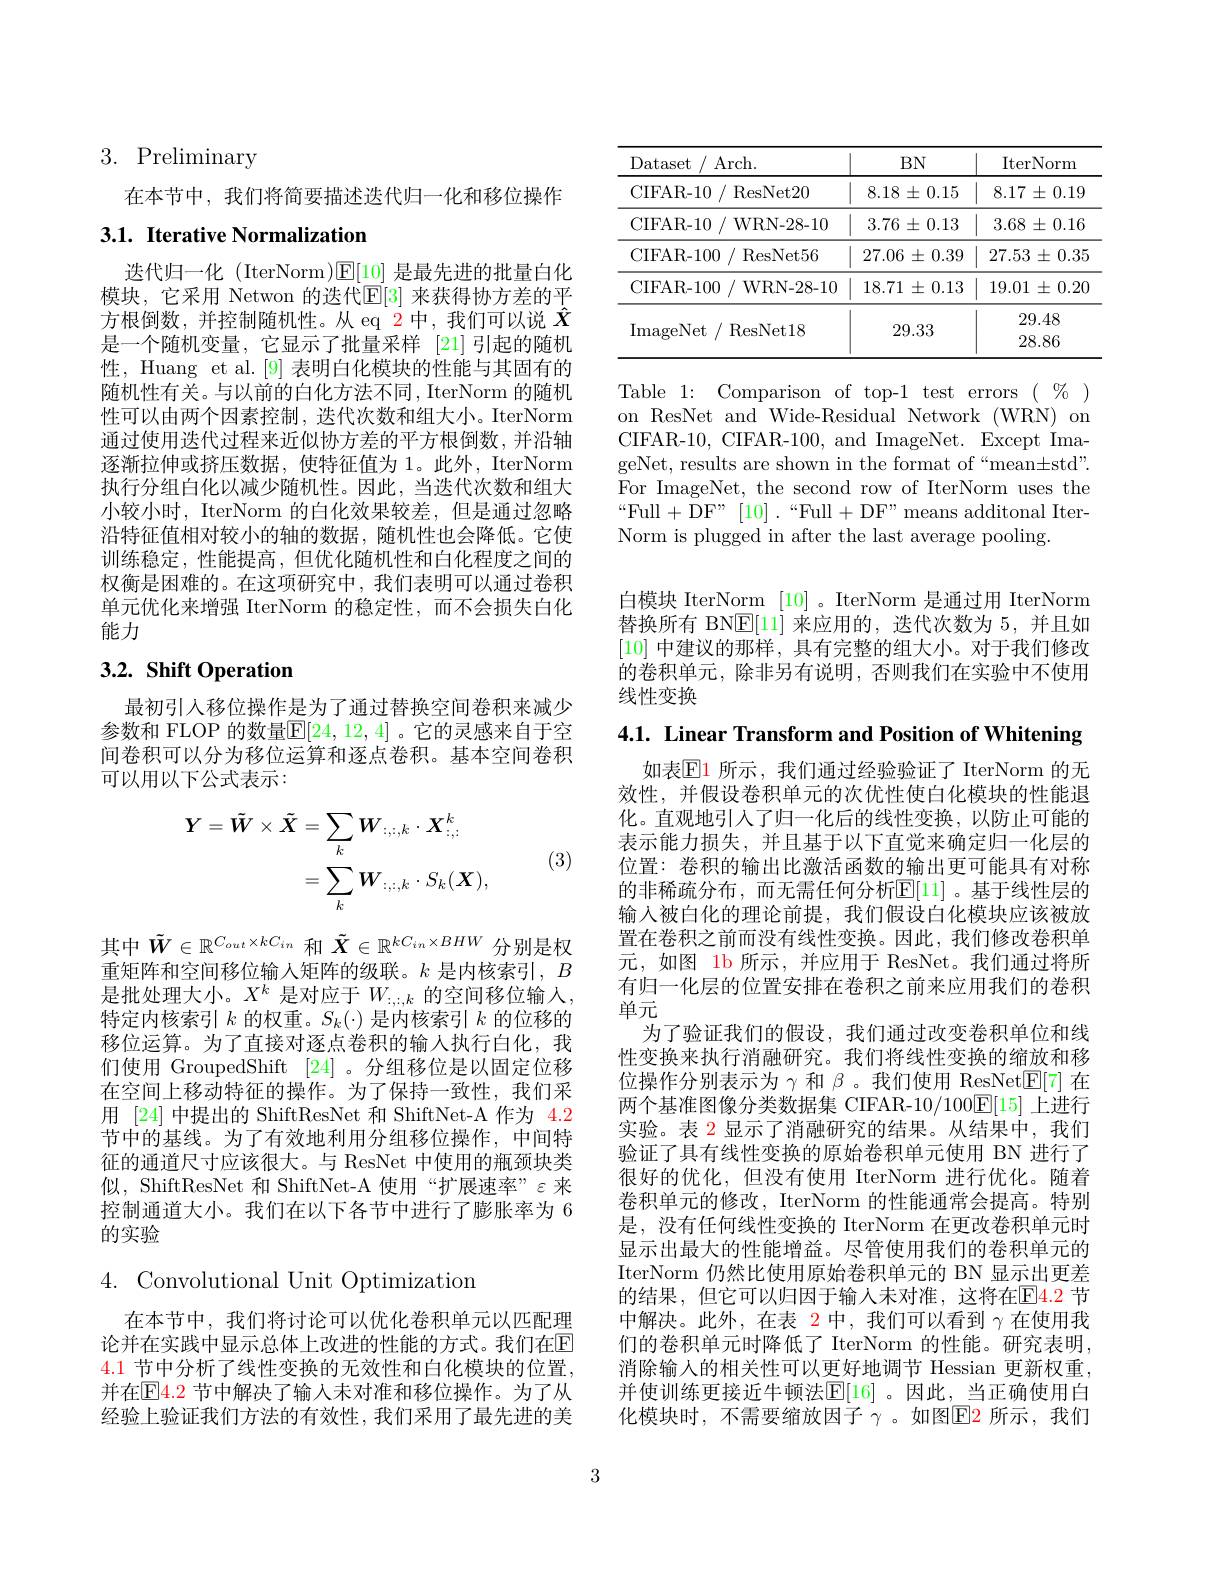
# 3. Preliminary

在本节中，我们将简要描述迭代归一化和移位操作

## 3.1. Iterative Normalization

迭代归一化 (IterNorm)$\mathbb{E}[10]$是最先进的批量白化模块，它采用 Netwon 的迭代$\mathbb{E}[3]$ 来获得协方差的平方根倒数，并控制随机性。从 eq 2中，我们可以说$\hat{X}$ 是一个随机变量，它显示了批量采样 [21]引起的随机性，Huang et al.[9]表明白化模块的性能与其固有的随机性有关。与以前的白化方法不同，IterNorm 的随机性可以由两个因素控制，迭代次数和组大小。IterNorm 通过使用迭代过程来近似协方差的平方根倒数，并沿轴逐渐拉伸或挤压数据，使特征值为 1。此外，IterNorm 执行分组白化以减少随机性。因此，当迭代次数和组大小较小时，IterNorm 的白化效果较差，但是通过忽略沿特征值相对较小的轴的数据，随机性也会降低。它使训练稳定，性能提高，但优化随机性和白化程度之间的权衡是困难的。在这项研究中，我们表明可以通过卷积单元优化来增强 IterNorm 的稳定性，而不会损失白化能力

# 3.2. Shift Operation

最初引入移位操作是为了通过替换空间卷积来减少参数和 FLOP 的数量$\mathbb{E}[24,12,4]$ 。它的灵感来自于空间卷积可以分为移位运算和逐点卷积。基本空间卷积可以用以下公式表示：
$$\begin{aligned}\boldsymbol{Y}=\tilde{W}\times\tilde{X}&=\sum_{k}\boldsymbol{W}_{:,:,k}\cdot\boldsymbol{X}_{:,:}^{k}\\&=\sum_{k}\boldsymbol{W}_{:,:,k}\cdot S_{k}(\boldsymbol{X}),\end{aligned}$$
(3)

其中$\tilde{W}\in\mathbb{R}^{C_{out}\times kC_{in}}$和$\tilde{\boldsymbol{X}}\in\mathbb{R}^{kC_{in}\times BHW}$分别是权重矩阵和空间移位输入矩阵的级联。$k$是内核索引，$B$ 是批处理大小。$X^k$是对应于$W_:,:,k$的空间移位输入， 特定内核索引$k$的权重。$S_k(\cdot)$是内核索引$k$的位移的移位运算。为了直接对逐点卷积的输入执行白化，我们使用 GroupedShift [24] 。分组移位是以固定位移在空间上移动特征的操作。为了保持一致性，我们采用 [24] 中提出的 ShiftResNet 和 ShiftNet-A 作为 4.2节中的基线。为了有效地利用分组移位操作，中间特征的通道尺寸应该很大。与 ResNet 中使用的瓶颈块类似，ShiftResNet 和 ShiftNet-A 使用“扩展速率”ε 来控制通道大小。我们在以下各节中进行了膨胀率为 6的实验

# 4. Convolutional Unit Optimization

在本节中，我们将讨论可以优化卷积单元以匹配理论并在实践中显示总体上改进的性能的方式。我们在$\mathbb{E}$ 4.1 节中分析了线性变换的无效性和白化模块的位置， 并在$\mathbb{E}$4.2 节中解决了输入未对准和移位操作。为了从经验上验证我们方法的有效性，我们采用了最先进的美

<table>
	<tbody>
		<tr>
			<th>Dataset / Arch.</th>
			<th>$BN$</th>
			<th>$\operatorname{IterNorm}$</th>
		</tr>
		<tr>
			<td>CIFAR-10~/~ResNet20</td>
			<td>$8.18\pm0.15$</td>
			<td>8.17 $\pm0.19$ 1 </td>
		</tr>
		<tr>
			<td>CIFAR- 10 /WRN- 28- 10 $\int$</td>
			<td>$3.76\pm0.13$</td>
			<td>$3.68\pm0.16$</td>
		</tr>
		<tr>
			<td>CIFAR- 100 ResNet56 </td>
			<td>$27.06\pm0.39$</td>
			<td>27.53 $3\pm0.35$</td>
		</tr>
		<tr>
			<td>CIFAR- 100 / WRN- 28- 10</td>
			<td>$18.71\pm0.13$</td>
			<td>19.01 $\pm0.20$ </td>
		</tr>
		<tr>
			<td>ImageNet/ ResNet18</td>
			<td>29.33</td>
			<td>29.48 28.86</td>
		</tr>
		<tr>
			<td>$\operatorname{vel}10$ $\sim\boldsymbol{U}$</td>
			<td>$\angle9.00$</td>
			<td>28.86</td>
		</tr>
	</tbody>
</table>

Table 1: Comparison of top-1 test errors $(\begin{array}{c}\%\end{array})$ on ResNet and Wide-Residual Network (WRN) on CIFAR-10, CIFAR-100, and ImageNet. Except ImageNet, results are shown in the format of“mean±std”. For ImageNet, the second row of IterNorm uses the “Full+DF”$[10].“$Full+DF"means additonal IterNorm is plugged in after the last average pooling.

白模块 IterNorm [10]。IterNorm 是通过用 IterNorm 替换所有 BN$\mathbb{E}[11]$来应用的，迭代次数为 5,并且如[10]中建议的那样，具有完整的组大小。对于我们修改的卷积单元，除非另有说明，否则我们在实验中不使用线性变换

4.1. Linear Transform and Position of Whitening

如表$\mathbb{E}$1 所示，我们通过经验验证了 IterNorm 的无效性，并假设卷积单元的次优性使白化模块的性能退化。直观地引入了归一化后的线性变换，以防止可能的表示能力损失，并且基于以下直觉来确定归一化层的位置：卷积的输出比激活函数的输出更可能具有对称的非稀疏分布，而无需任何分析$\mathbb{E}[11]$。基于线性层的输入被白化的理论前提，我们假设白化模块应该被放置在卷积之前而没有线性变换。因此，我们修改卷积单元，如图 1b 所示，并应用于 ResNet。我们通过将所有归一化层的位置安排在卷积之前来应用我们的卷积单元
为了验证我们的假设，我们通过改变卷积单位和线性变换来执行消融研究。我们将线性变换的缩放和移位操作分别表示为$\gamma$和$\beta$ 。我们使用 ResNet$\mathbb{E}[7]$在两个基准图像分类数据集 CIFAR-10/100$\mathbb{E}[15]$上进行实验。表 2 显示了消融研究的结果。从结果中，我们验证了具有线性变换的原始卷积单元使用 BN 进行了很好的优化，但没有使用 IterNorm 进行优化。随着卷积单元的修改，IterNorm 的性能通常会提高。特别是，没有任何线性变换的 IterNorm 在更改卷积单元时显示出最大的性能增益。尽管使用我们的卷积单元的IterNorm 仍然比使用原始卷积单元的 BN 显示出更差的结果，但它可以归因于输人未对准，这将在$\mathbb{E}\color{red}{4.2}$节中解决。此外，在表 2中，我们可以看到$\gamma$在使用我们的卷积单元时降低了 IterNorm 的性能。研究表明， 消除输入的相关性可以更好地调节 Hessian 更新权重， 并使训练更接近牛顿法$\mathbb{E}[16]$ 。因此，当正确使用白化模块时，不需要缩放因子 $\gamma$ 。如图$\overline{\mathrm{E}}$ 所示，我们

3